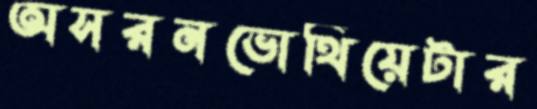
অসরনভোথিয়েটার